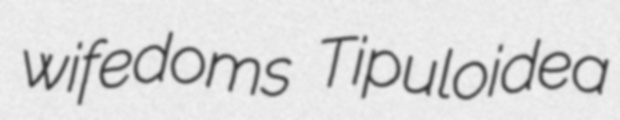
wifedoms Tipuloidea